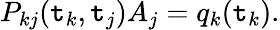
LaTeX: P_{kj}(\mathtt{t}_{k},\mathtt{t}_{j})A_{j}=q_{k}(\mathtt{t}_{k}).